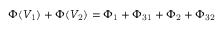
\Phi ( V _ { \mathrm { 1 } } ) + \Phi ( V _ { \mathrm { 2 } } ) = \Phi _ { \mathrm { 1 } } + \Phi _ { \mathrm { 3 1 } } + \Phi _ { \mathrm { 2 } } + \Phi _ { \mathrm { 3 2 } }